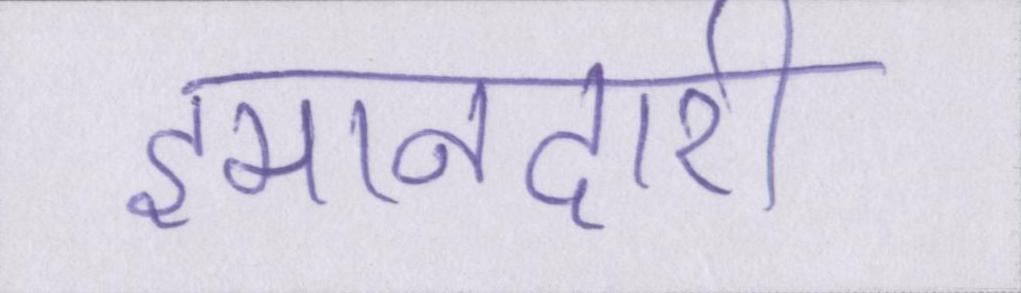
इमानदारी